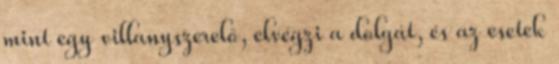
mint egy villanyszerelő, elvégzi a dolgát, és az esetek